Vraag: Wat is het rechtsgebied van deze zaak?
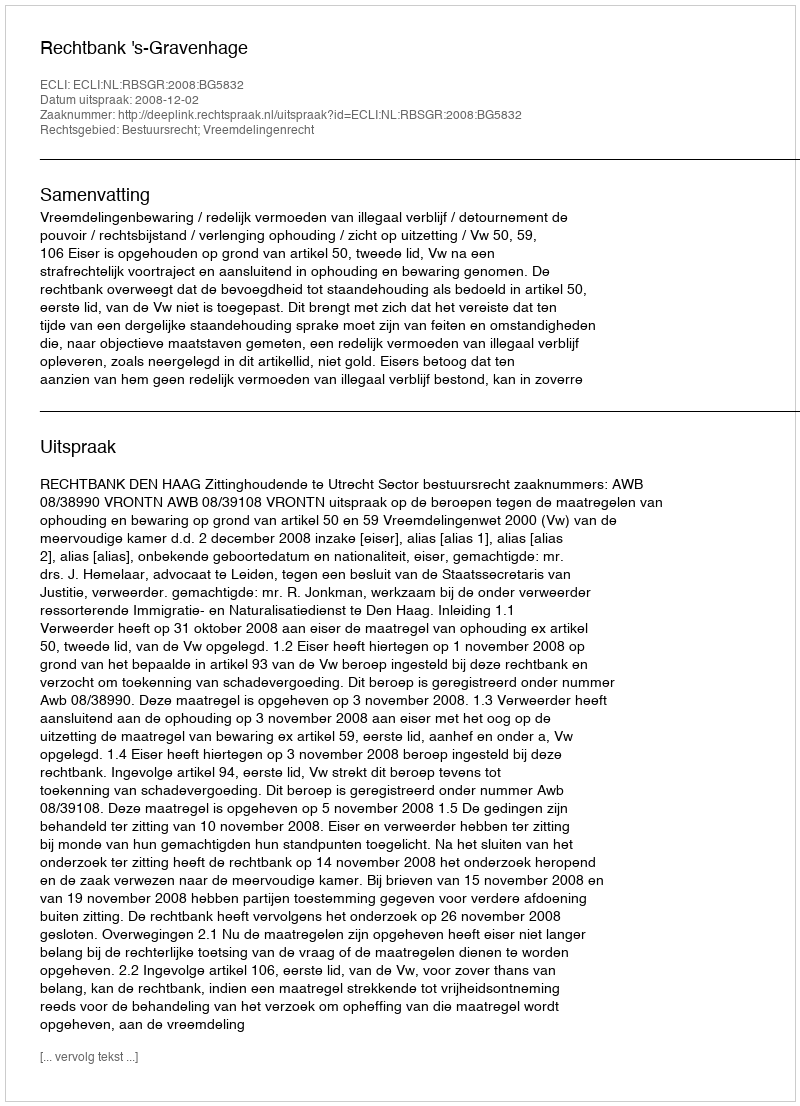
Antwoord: Bestuursrecht; Vreemdelingenrecht